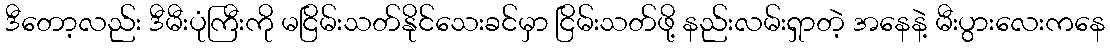
ဒီတော့လည်း ဒီမီးပုံကြီးကို မငြိမ်းသတ်နိုင်သေးခင်မှာ ငြိမ်းသတ်ဖို့ နည်းလမ်းရှာတဲ့ အနေနဲ့ မီးပွားလေးကနေ